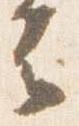
云